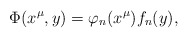
\begin{align*}\Phi(x^{\mu},y)=\varphi_n(x^{\mu})f_n(y),\end{align*}